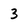
Character: 3